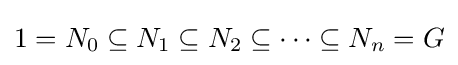
1=N_{0}\subseteq N_{1}\subseteq N_{2}\subseteq \cdots \subseteq N_{n}=G